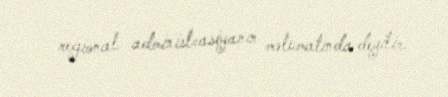
regional administrasiyanın məlumatında deyilir.